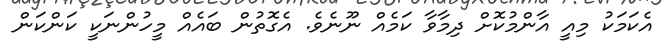
އެކަމަކު މިއީ އާންމުކޮށް ދިމާވާ ކަމެއް ނޫނެވެ. އެގޮތުން ބައެއް މީހުންނަކީ ކަންކަން